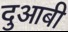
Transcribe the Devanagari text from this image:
दुआबी